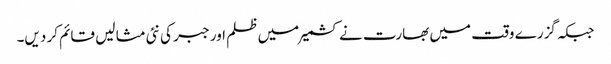
جبکہ گزرے وقت میں بھارت نے کشمیر میں ظلم اور جبر کی نئی مثا لیں قائم کر دیں۔